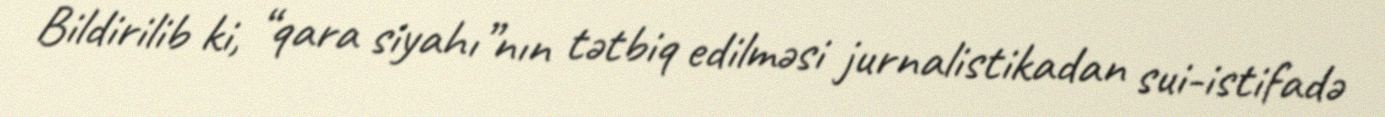
Bildirilib ki, “qara siyahı”nın tətbiq edilməsi jurnalistikadan sui-istifadə